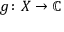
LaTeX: g \colon X \rightarrow \mathbb { C }